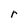
Character: r